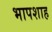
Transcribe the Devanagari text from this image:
भापशाह